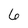
Character: 6